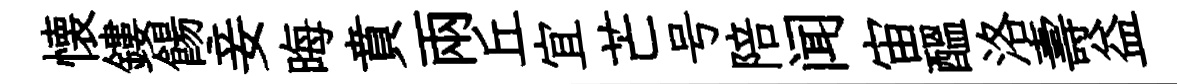
懐鏤餳妾晦賁兩丘宜芒号陪闻宙醖洛壽益